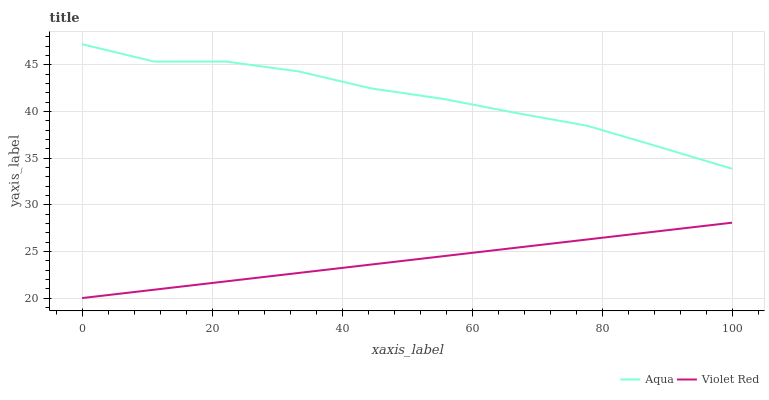
| xaxis_label | Aqua | Violet Red |
 | --- | --- | --- |
 | 0 | 47.2 | 20 |
 | 11.1 | 45.3 | 20.9 |
 | 22.2 | 45.3 | 21.8 |
 | 33.3 | 44.3 | 22.7 |
 | 44.4 | 42.5 | 23.6 |
 | 55.6 | 41.3 | 24.5 |
 | 66.7 | 39.9 | 25.4 |
 | 77.8 | 38.5 | 26.3 |
 | 88.9 | 36.2 | 27.2 |
 | 100 | 33.9 | 28.1 |